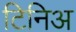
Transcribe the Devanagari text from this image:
टिनिअ